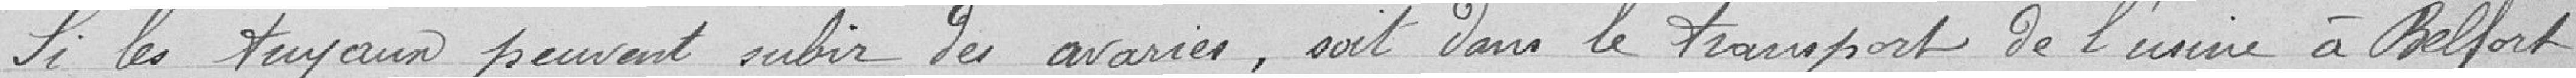
Si les tuyaux peuvent subir des avaries, soit dans le transport de l'usine à Belfort,